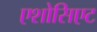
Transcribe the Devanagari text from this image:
एशोसिएट